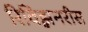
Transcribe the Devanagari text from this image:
रिविझ़नरीस